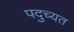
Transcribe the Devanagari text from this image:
पदुच्यत